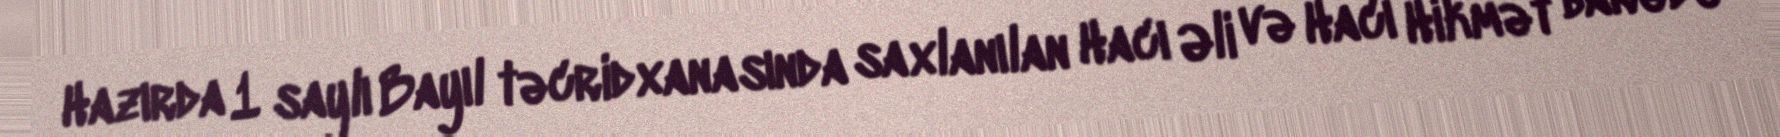
Hazırda 1 saylı Bayıl təcridxanasında saxlanılan Hacı Əli və Hacı Hikmət barədə